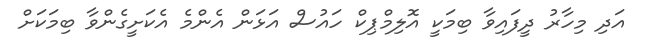
އަދި މިހާރު ދީފައިވާ ބިމަކީ އޮލިމްޕިކް ހައުސް އަޅަން އެންމެ އެކަށީގެންވާ ބިމަކަށް